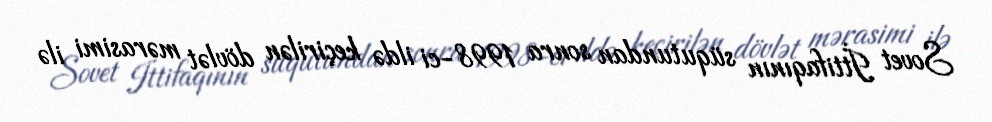
Sovet İttifaqının süqutundan sonra 1998-ci ildə keçirilən dövlət mərasimi ilə